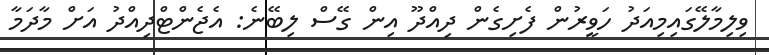
ވިލިމާލޭގައިމިއަދު ހަވީރުން ފެށިގެން ދިއްދޫ އިން ގޭސް ލިބޭނެ: އެޖެންޓްދިއްދު އަށް މާދަމާ